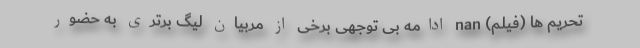
تحریم ها (فیلم) nan ادامه بی توجهی برخی از مربیان لیگ برتری به حضور